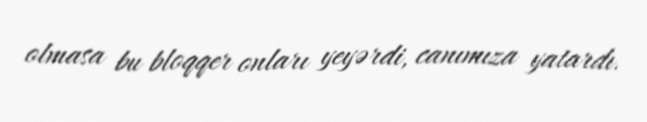
olmasa bu bloqqer onları yeyərdi, canımıza yatardı.